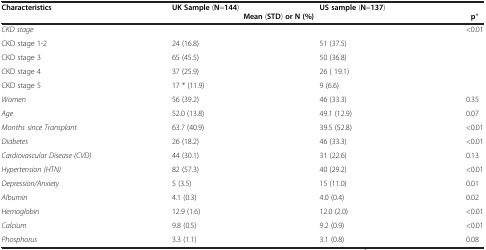
<table><thead><tr><td><b>Characteristics</b></td><td><b>UK Sample (N=144)</b></td><td><b>US sample (N=137)</b></td><td><b> </b></td></tr><tr><td><b> </b></td><td colspan="2"><b>Mean (STD) or N (%)</b></td><td><b>p*</b></td></tr></thead><tbody><tr><td><i>CKD stage</i></td><td> </td><td> </td><td>&lt;0.01</td></tr><tr><td>CKD stage 1-2</td><td>24 (16.8)</td><td>51 (37.5)</td><td> </td></tr><tr><td>CKD stage 3</td><td>65 (45.5)</td><td>50 (36.8)</td><td> </td></tr><tr><td>CKD stage 4</td><td>37 (25.9)</td><td>26 ( 19.1)</td><td> </td></tr><tr><td>CKD stage 5</td><td>17 * (11.9)</td><td>9 (6.6)</td><td> </td></tr><tr><td><i>Women</i></td><td>56 (39.2)</td><td>46 (33.3)</td><td>0.35</td></tr><tr><td><i>Age</i></td><td>52.0 (13.8)</td><td>49.1 (12.9)</td><td>0.07</td></tr><tr><td><i>Months since Transplant</i></td><td>63.7 (40.9)</td><td>39.5 (52.8)</td><td>&lt;0.01</td></tr><tr><td><i>Diabetes</i></td><td>26 (18.2)</td><td>46 (33.3)</td><td>&lt;0.01</td></tr><tr><td><i>Cardiovascular Disease (CVD)</i></td><td>44 (30.1)</td><td>31 (22.6)</td><td>0.13</td></tr><tr><td><i>Hypertension (HTN)</i></td><td>82 (57.3)</td><td>40 (29.2)</td><td>&lt;0.01</td></tr><tr><td><i>Depression/Anxiety</i></td><td>5 (3.5)</td><td>15 (11.0)</td><td>0.01</td></tr><tr><td><i>Albumin</i></td><td>4.1 (0.3)</td><td>4.0 (0.4)</td><td>0.02</td></tr><tr><td><i>Hemoglobin</i></td><td>12.9 (1.6)</td><td>12.0 (2.0)</td><td>&lt;0.01</td></tr><tr><td><i>Calcium</i></td><td>9.8 (0.5)</td><td>9.2 (0.9)</td><td>&lt;0.01</td></tr><tr><td><i>Phosphorus</i></td><td>3.3 (1.1)</td><td>3.1 (0.8)</td><td>0.08</td></tr></tbody></table>